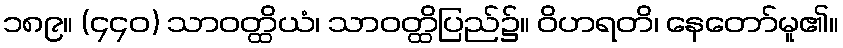
၁၈၉။ (၄၄၀) သာဝတ္ထိယံ၊ သာဝတ္ထိပြည်၌။ ဝိဟရတိ၊ နေတော်မူ၏။